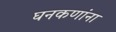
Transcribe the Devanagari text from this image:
घनकणांना